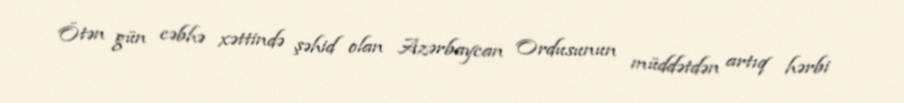
Ötən gün cəbhə xəttində şəhid olan Azərbaycan Ordusunun müddətdən artıq hərbi